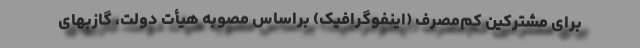
برای مشترکین کم‌مصرف (اینفوگرافیک) بر‌اساس مصوبه هیأت دولت، گازبهای